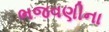
ભજવણીના